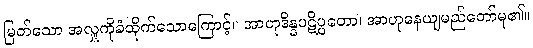
မြတ်သော အလှူကိုခံထိုက်သောကြောင့်။ အာဟုဒိန္နပဋိပ္ပတော၊ အာဟုနေယျမည်တော်မူ၏။